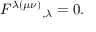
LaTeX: F ^ { \lambda ( \mu \nu ) } { } _ { , \lambda } = 0 .